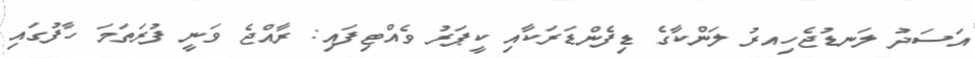
އަސަދު ލަނޑުޖެހިއރު ލަންކާގެ ޑިފެންޑަރަކާއި ކީޕަރު ވެއްޓިފައި: ރާއްޖެ ވަނީ ފުރަތަމަ ހާފުގައި